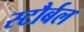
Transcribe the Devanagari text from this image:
स्टौर्बल